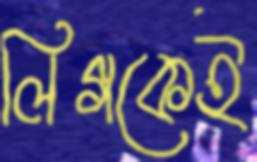
লিগকেই